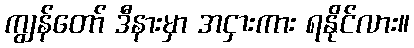
ကျွန်တော် ဒီနားမှာ အငှားကား ရနိုင်လား။